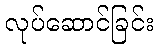
လုပ်ဆောင်ခြင်း